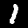
Digit: 1